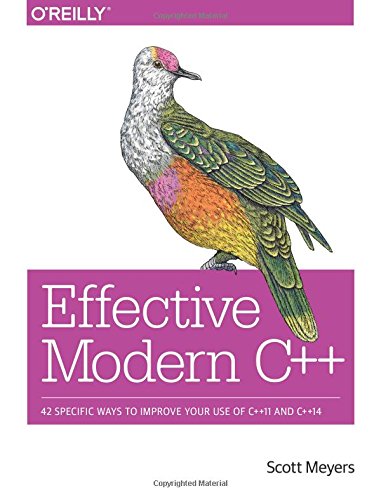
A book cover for Effective Modern C++: 42 Specific Ways to Improve Your Use of C++11 and C++14; Scott Meyers; Computers & Technology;